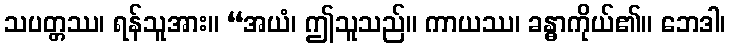
သပတ္တဿ၊ ရန်သူအား။ “အယံ၊ ဤသူသည်။ ကာယဿ၊ ခန္ဓာကိုယ်၏။ ဘေဒါ၊